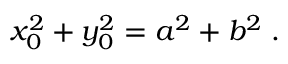
x _ { 0 } ^ { 2 } + y _ { 0 } ^ { 2 } = a ^ { 2 } + b ^ { 2 } \; .